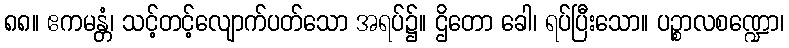
၈၈။ ဧကမန္တံ၊ သင့်တင့်လျောက်ပတ်သော အရပ်၌။ ဌိတော ခေါ၊ ရပ်ပြီးသော။ ပဉ္စာလစဏ္ဍော၊